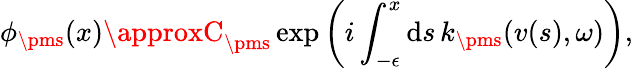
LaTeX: \phi_{\pms}(x)\approxC_{\pms}\exp\left(i\int_{-\epsilon}^{x}\mathrm{d}s\, k_{\pms}(v(s),\omega)\right),